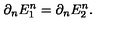
\partial _ { n } E _ { 1 } ^ { n } = \partial _ { n } E _ { 2 } ^ { n } .